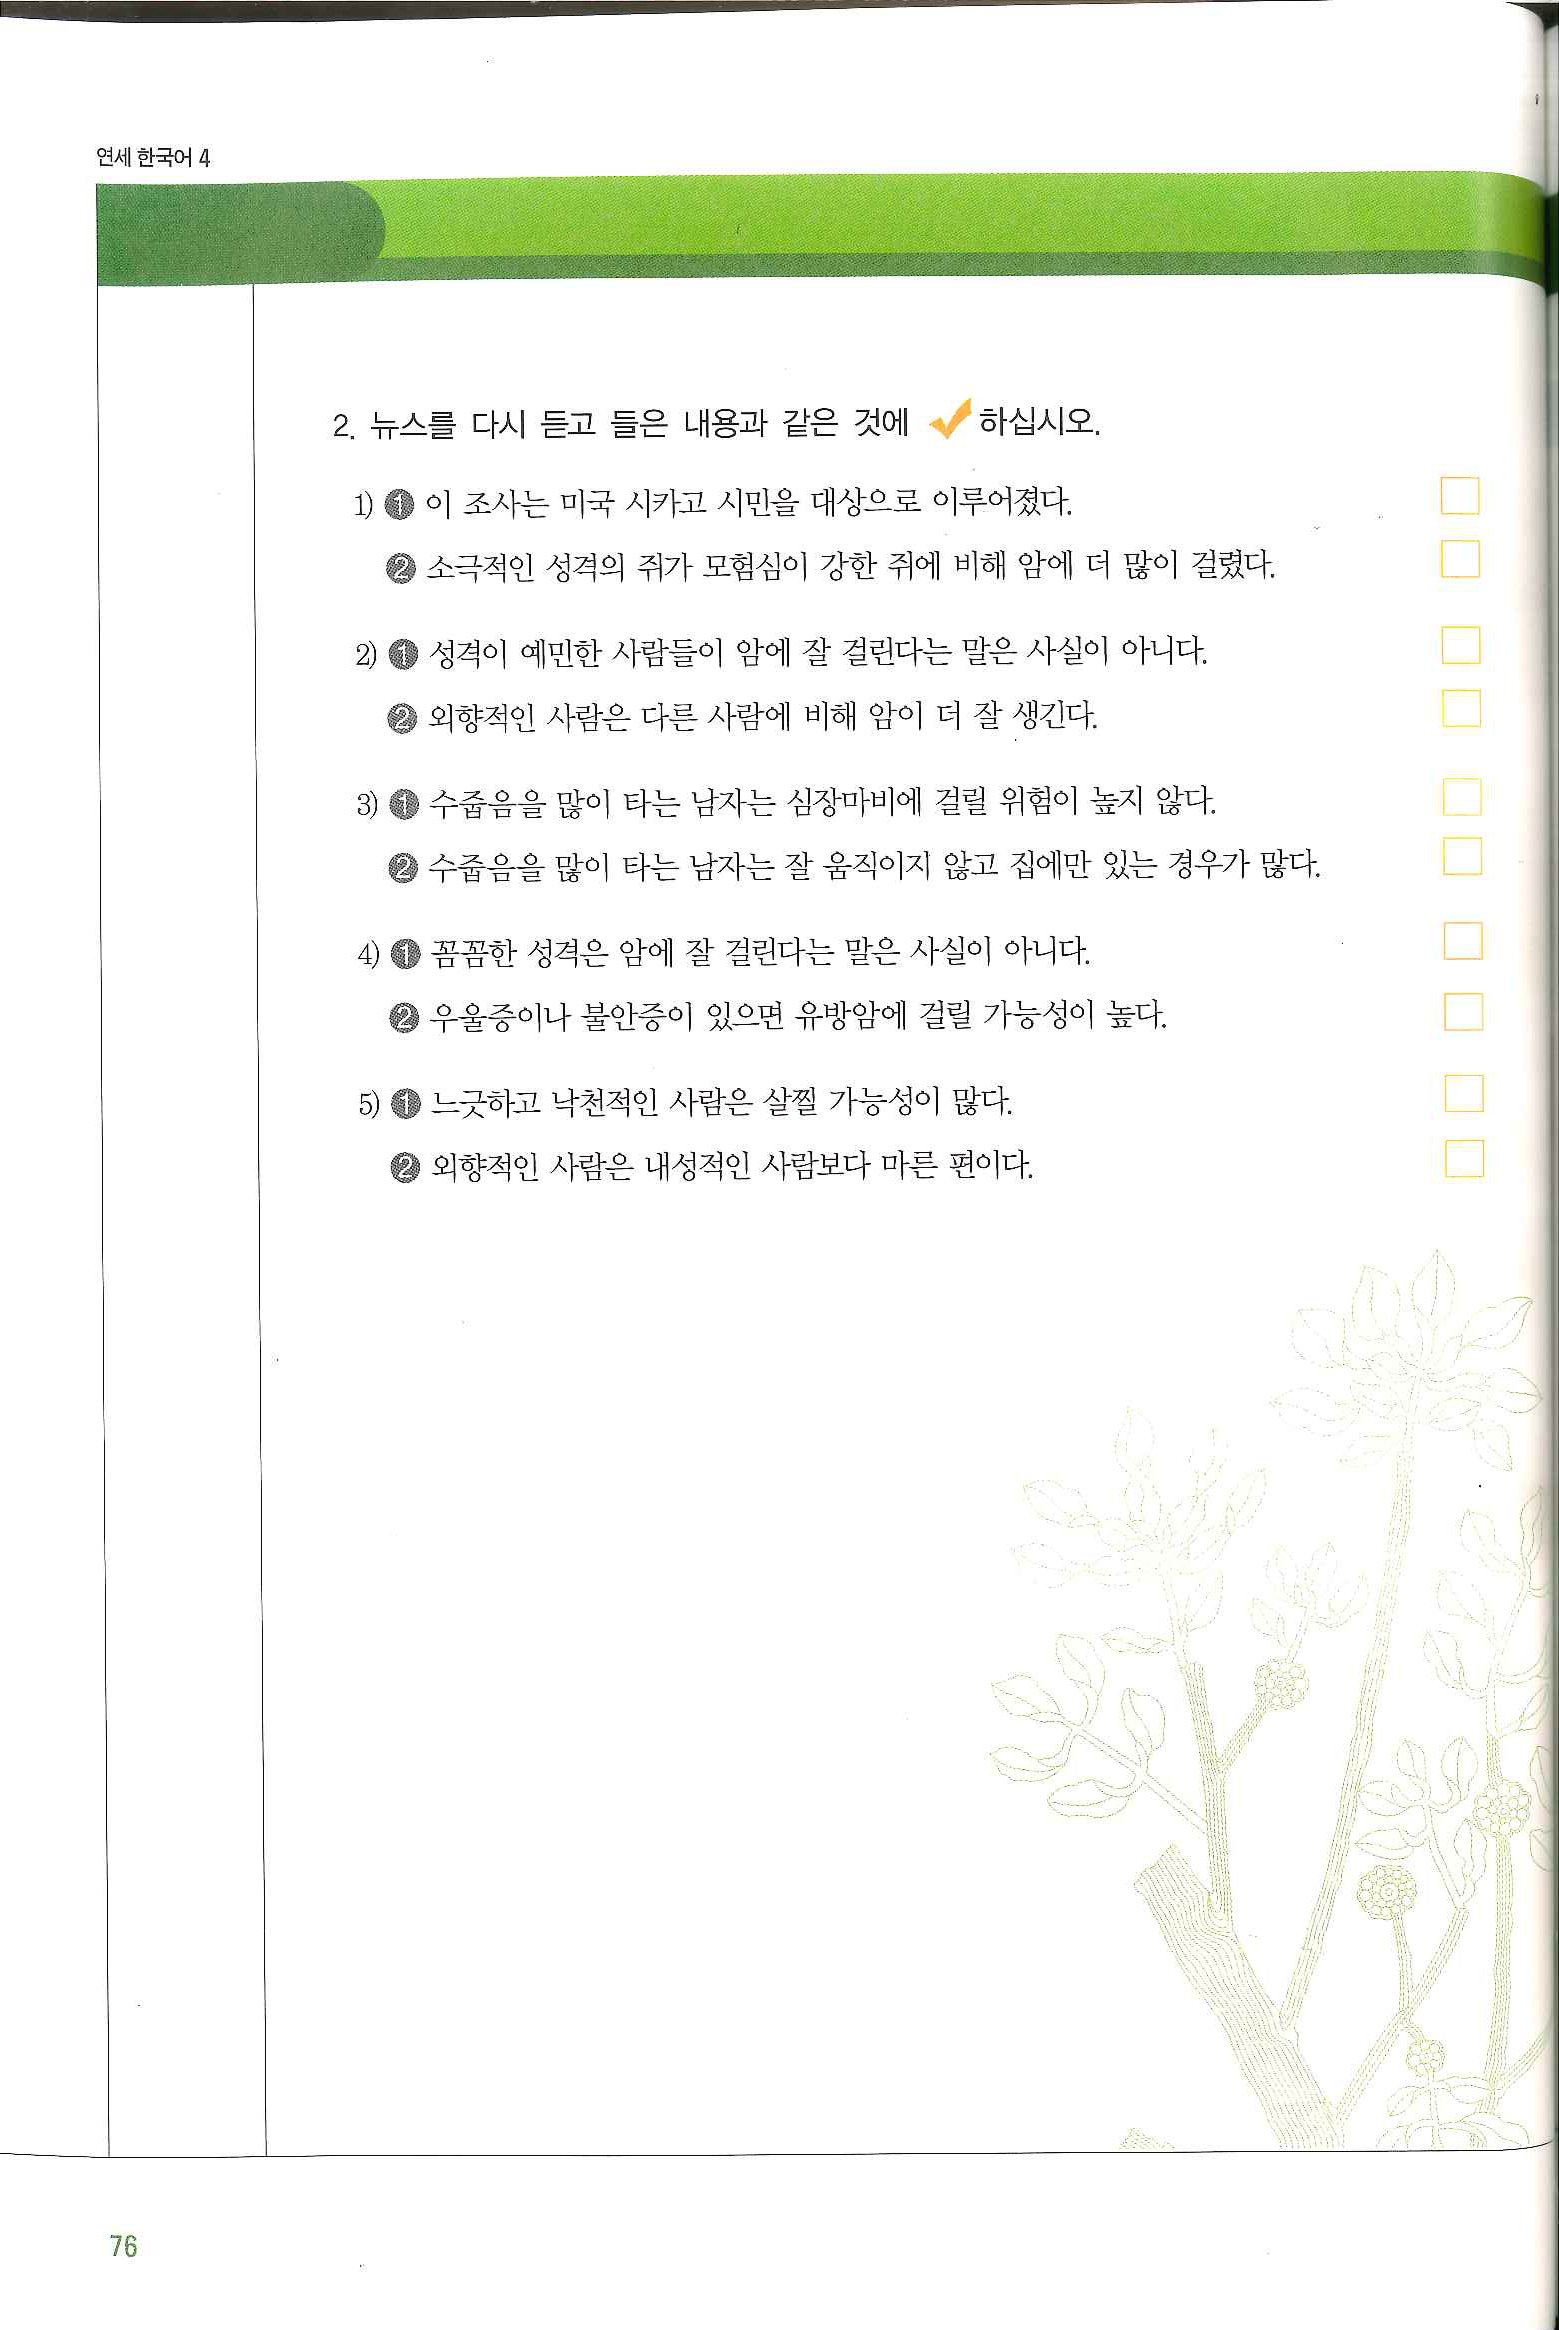
Language: ko